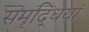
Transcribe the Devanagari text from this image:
समृद्धियां